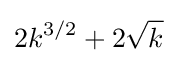
2k^{3/2}+2{\sqrt {k}}